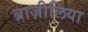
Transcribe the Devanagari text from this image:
ब्राज़ीलिया